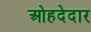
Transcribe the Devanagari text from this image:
ओहदेदार